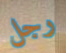
رجل